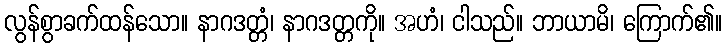
လွန်စွာခက်ထန်သော။ နာဂဒတ္တံ၊ နာဂဒတ္တကို။ အဟံ၊ ငါသည်။ ဘာယာမိ၊ ကြောက်၏။